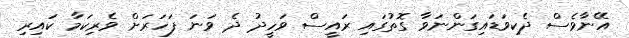
އޭނާވެސް ދެކިވަޑައިގަންނަވާ ގޮތުގައި ރައީސް ވަހީދު ދެ ވަނަ ފަހަރަށް ވެރިކަމާ ކައިރި